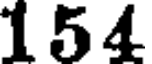
154